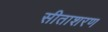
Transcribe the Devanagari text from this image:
सीताशरण